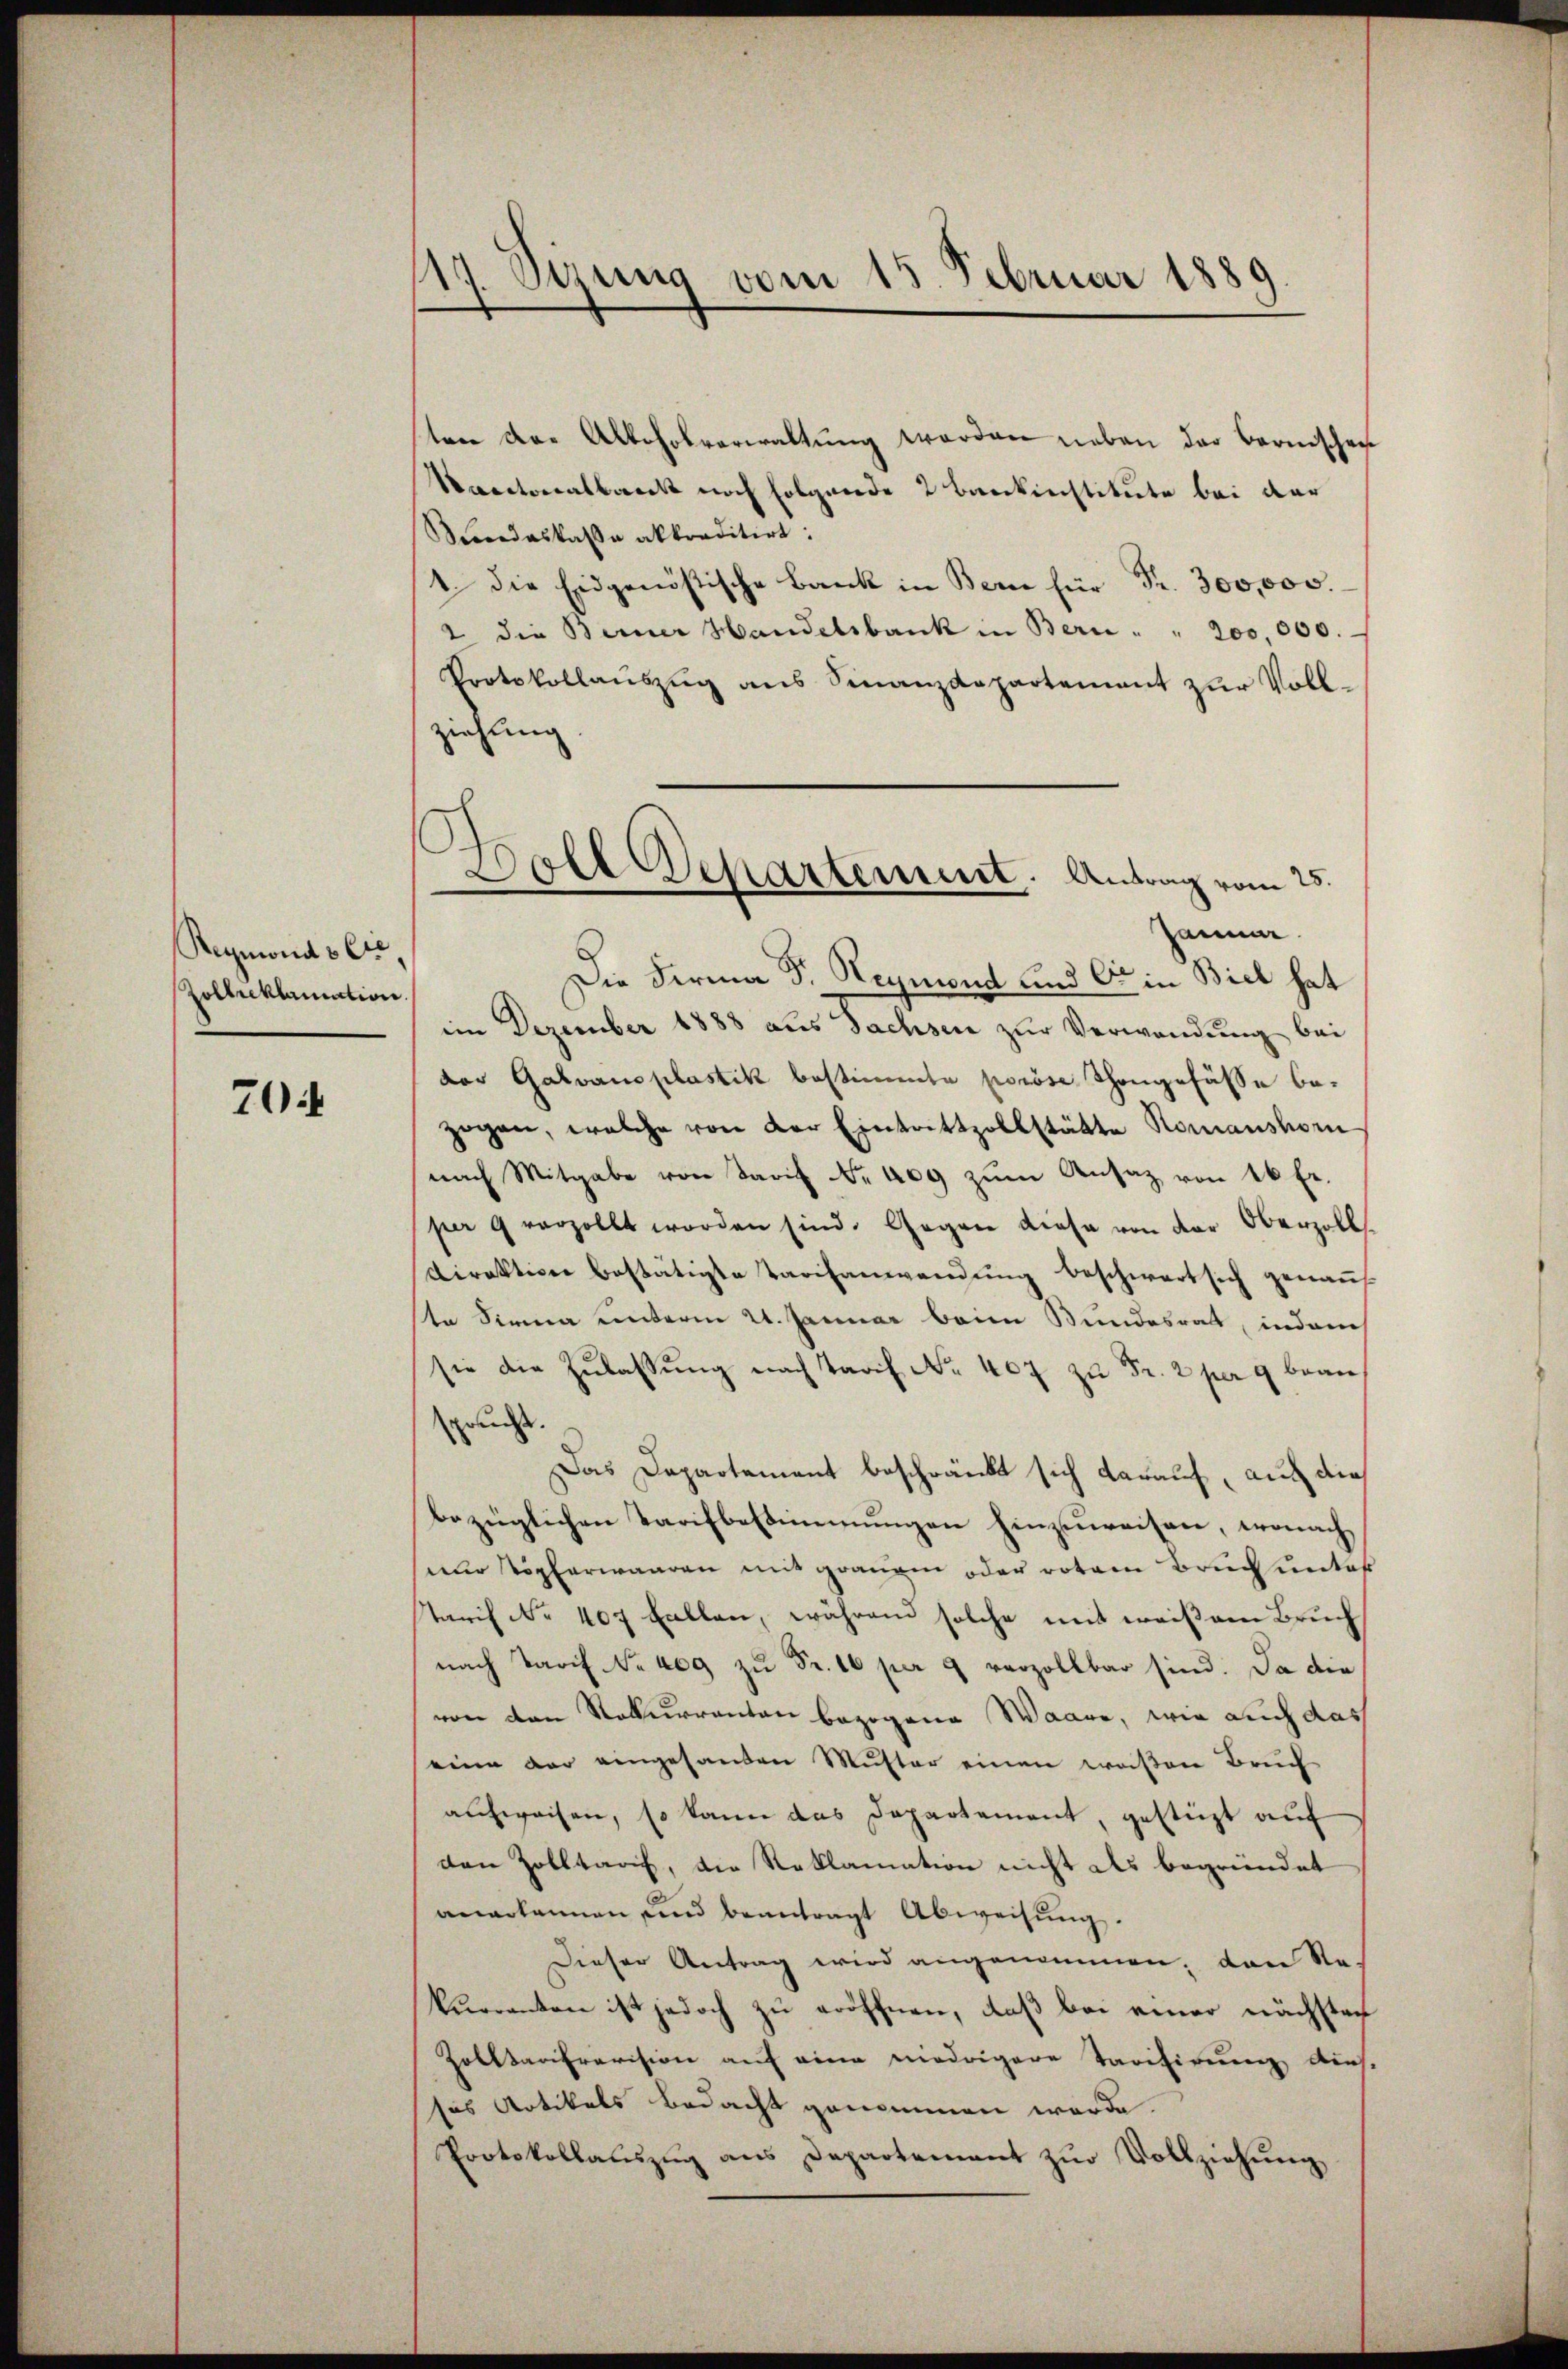
Reymonds Cre
Zoltreklamation

704

17. Sizung vom 15. Februar 1889

ten der Alkoholverwaltŭng werden neben der Bernischen
Secetonalbank noch folgende 2 Bankinstitute bei der
Secadaskaβe akkraditirt:
1. die Eidgenössische Bank in Bern für Fr. 300,000.
2 die Berner Handelsbank in Bern " " 200,000.
Protokollauszug aus Finanzdepartement zur Voll-
ziehung
Die Firma D. Reymond und Cie in Biel hat
im Dezember 1888 aus Sachsen zur Verwendung bei
dor Galvanoplastik bestimmte poröse Thongefässe be-
zogen, welche von der Eintrittzollstätte Romanshorn
nach Mitgabe von Tarif Nr. 409 zŭm Ansatz von 16 Fr.
per 9 vorzollt worden sind. Gegen diese von der Oberzoll
Direktion bestätigte Tarifanwendŭng beschwert sich genaṅt
ste Sirna unterm 21. Januar beim Bundesrath, indem
sie die Zulassung nach Tarif No 407 zu Fr. 2 per 9 beansprucht.
Das Departement beschränkt sich darauf, auch die
bezüglichen Tarifbestimmungen hinzuweisen, wonach
nur Töpferwaaren mit grauem oder rotem Bruch unter
Starif No 407 Fallen, während solche mit weißem Bruch
nach Tarif Nr. 409 zŭ Fr. 10 per 9 verzollbar sind. Da die
von den Rekurrenten bezogene Waare, wie auch das
eine der eingesanden Muster einen weißen Bruch
aufweisen, so kann das Departement, gestützt auf
den Zolltaris, die Reklamation nicht als begründet
anarkannen und beantragt Abweisung.
Dieser Antrag wird angenommen, dann Re
kurranten ist jedoch zu eröffnen, daß bei einer nächstach
Zolltarifravision auf eine niedrigere Tarifirung aus-
das Artikels bedacht genommen werde.
Protokollaŭszŭg ans Departement zŭr Vollziehŭng

Boll Departement. Antrag vom 25.
Januar.